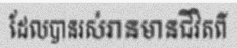
ដែលបានរស់រានមានជីវិតពី